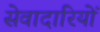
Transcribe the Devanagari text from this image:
सेवादारियों